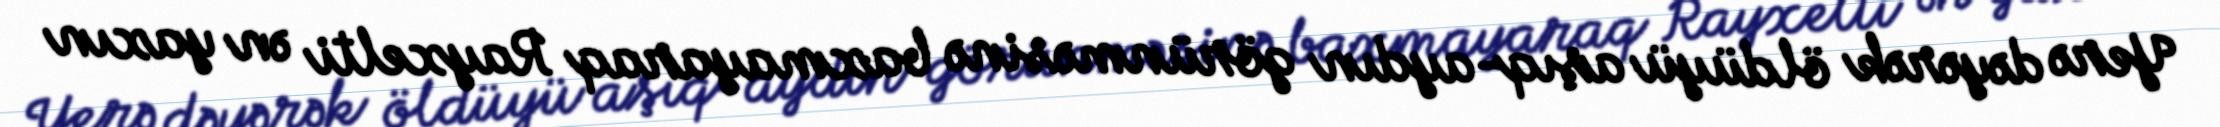
Yerə dəyərək öldüyü aşıq-aydın görünməsinə baxmayaraq Rayxelti ən yaxın